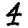
Digit: 4